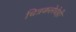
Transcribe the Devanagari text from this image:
चित्रकलेचेही